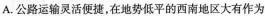
A. 公路运输灵活便捷，在地势低平的西南地区大有作为